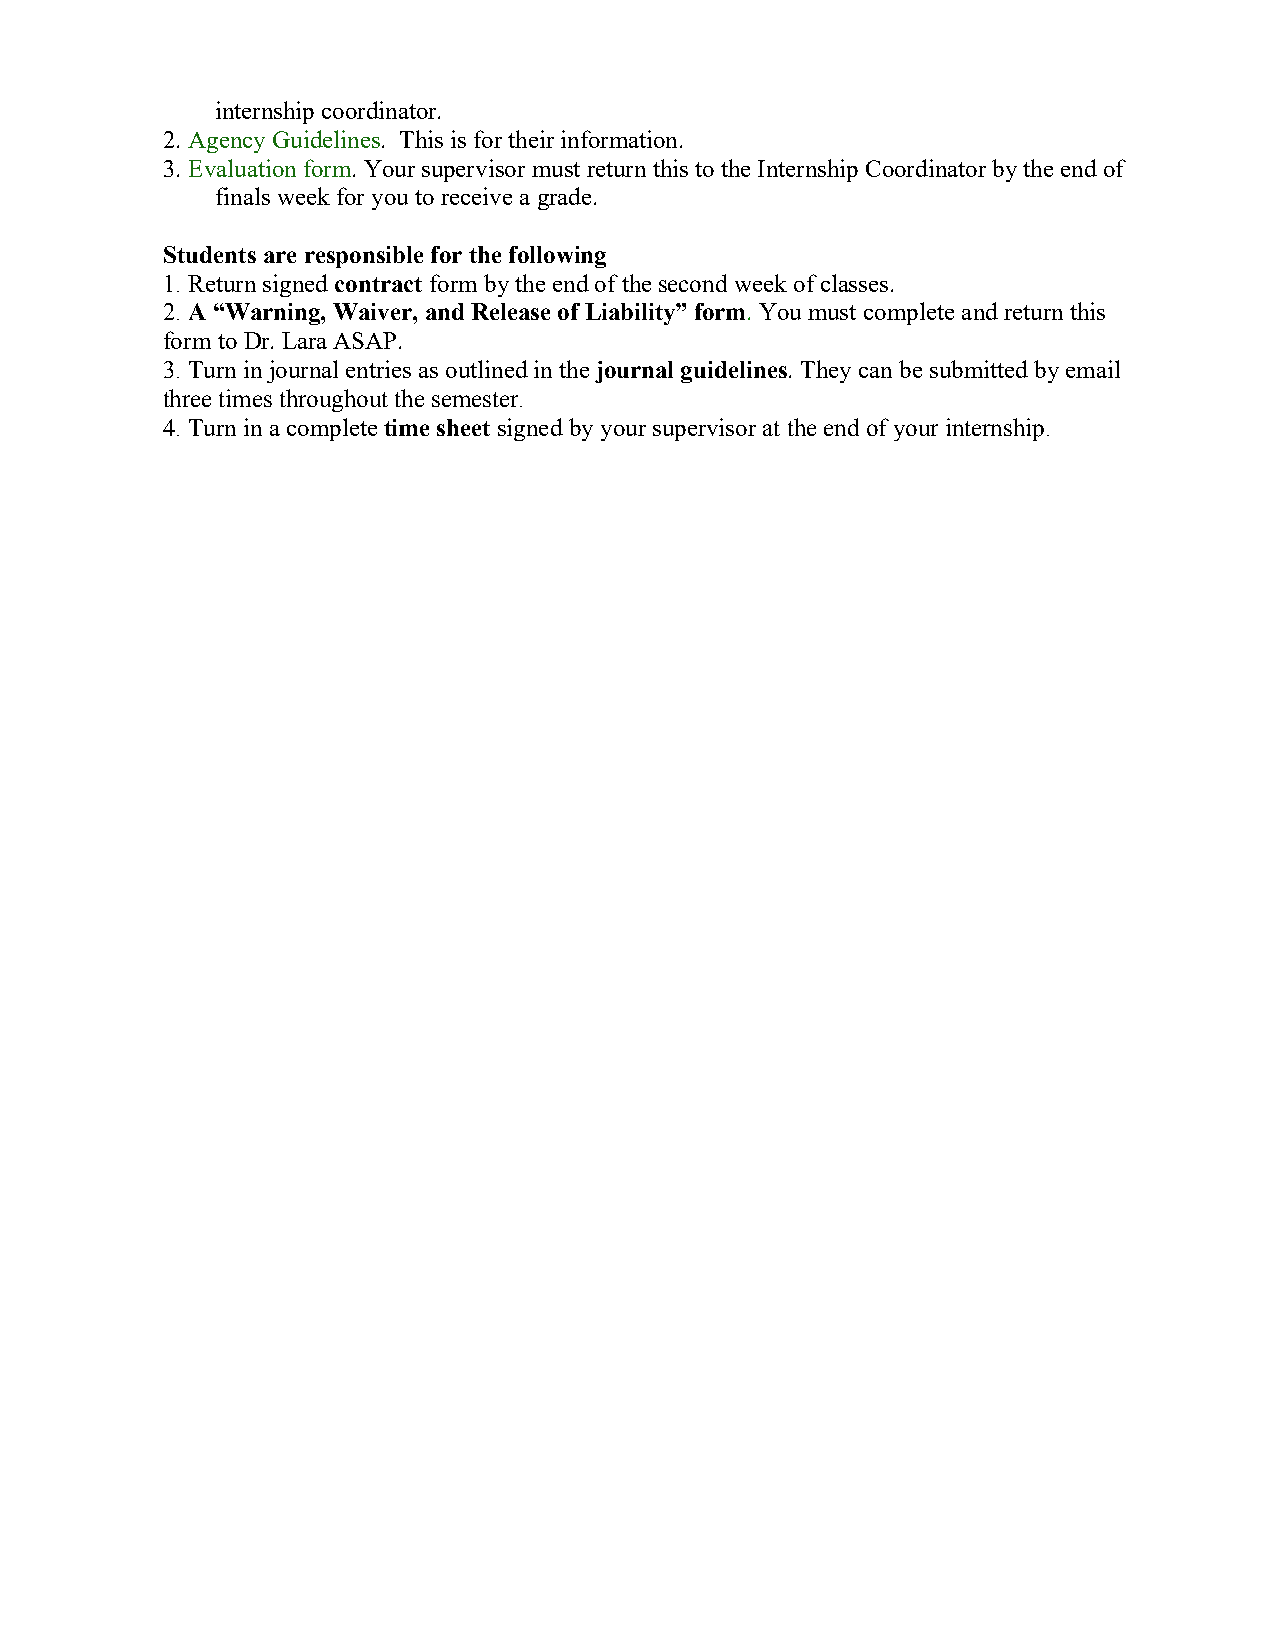
internship coordinator.
 2. Agency Guidelines. This is for their information.
 3. Evaluation form. Your supervisor must return this to the Internship Coordinator by the end of
 finals week for you to receive a grade.
 Students are responsible for the following
 1. Return signed contract form by the end of the second week of classes.
 2. A “Warning, Waiver, and Release of Liability” form. You must complete and return this
 form to Dr. Lara ASAP.
 3. Turn in journal entries as outlined in the journal guidelines. They can be submitted by email
 three times throughout the semester.
 4. Turn in a complete time sheet signed by your supervisor at the end of your internship.